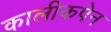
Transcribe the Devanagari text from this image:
कालीकपेन